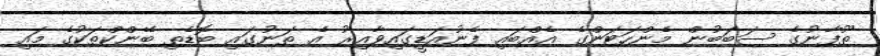
ތޫފާނުގެ ސަބަބުން މެންހަޓަންގެ އެއްބައި ފެނުއަޑީގައިވާއިރު އެ ތަނުގައި ބޮޑެތި ބޭންކްތަކުގެ މައި